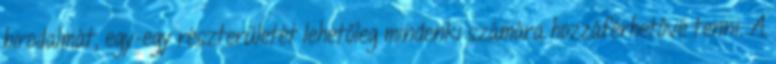
birodalmát, egy-egy részterületét lehetőleg mindenki számára hozzáférhetővé tenni. A